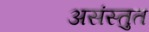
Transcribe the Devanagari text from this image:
असंस्तुत